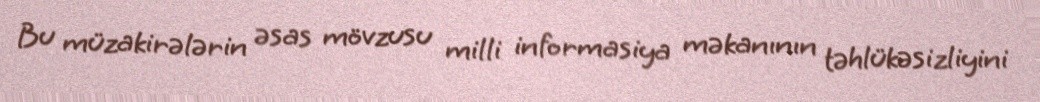
Bu müzakirələrin əsas mövzusu milli informasiya məkanının təhlükəsizliyini